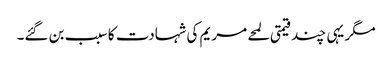
مگر یہی چند قیمتی لمحے مریم کی شہادت کا سبب بن گئے۔